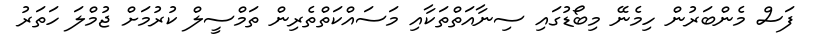
ފަސް މެންބަރުން ހިމެނޭ މިބޯޑުގައި ސިނާއަތްތަކާއި މަސައްކަތްތެރިން ތަމްސީލް ކުރުމަށް ޖުމްލަ ހަތަރު